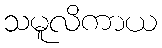
သမူလိကာယ